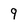
Character: 9